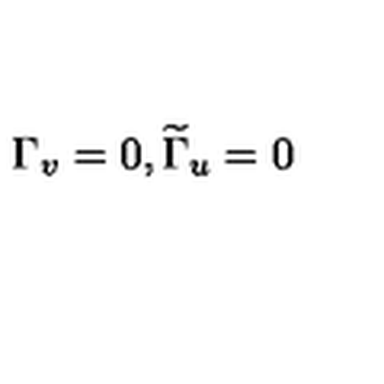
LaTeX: \Gamma _ { v } = 0 , \widetilde { \Gamma } _ { u } = 0